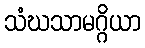
သံဃသာမဂ္ဂိယာ